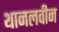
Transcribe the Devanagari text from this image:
थानलवीन